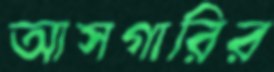
আসগারির